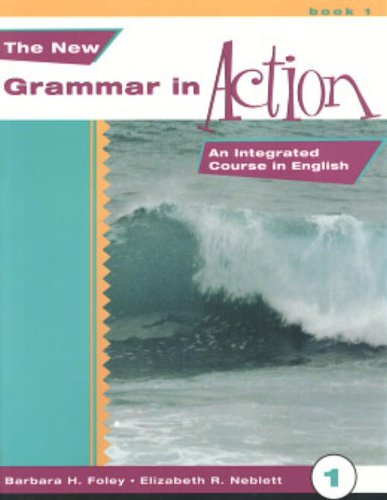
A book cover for The New Grammar in Action 1 (Book & CD); Barbara H. Foley; Reference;